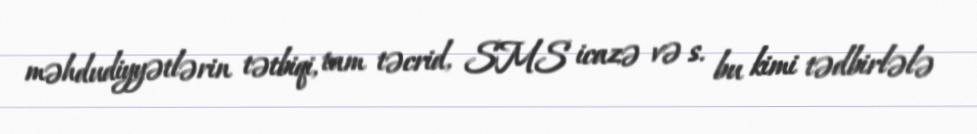
məhdudiyyətlərin tətbiqi, tam təcrid, SMS icazə və s. bu kimi tədbirlələ